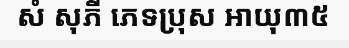
សំ សុភី ភេទប្រុស អាយុ៣៥